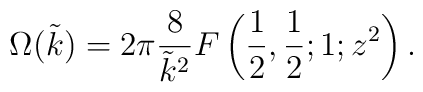
\Omega(\tilde{k})=2\pi\frac{8}{\tilde{k}^2}F\left(\frac{1}{2},\frac{1}{2};1;z^2\right).